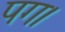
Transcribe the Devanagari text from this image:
पग।